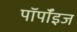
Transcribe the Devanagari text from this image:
पॉर्पॉइज